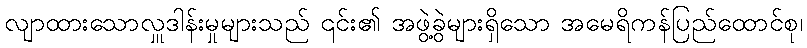
လျာထားသောလှူဒါန်းမှုများသည် ၎င်း၏ အဖွဲ့ခွဲများရှိသော အမေရိကန်ပြည်ထောင်စု၊